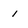
Character: 1